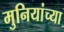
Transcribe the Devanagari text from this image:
मुनियांच्या